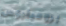
بروميثيوس